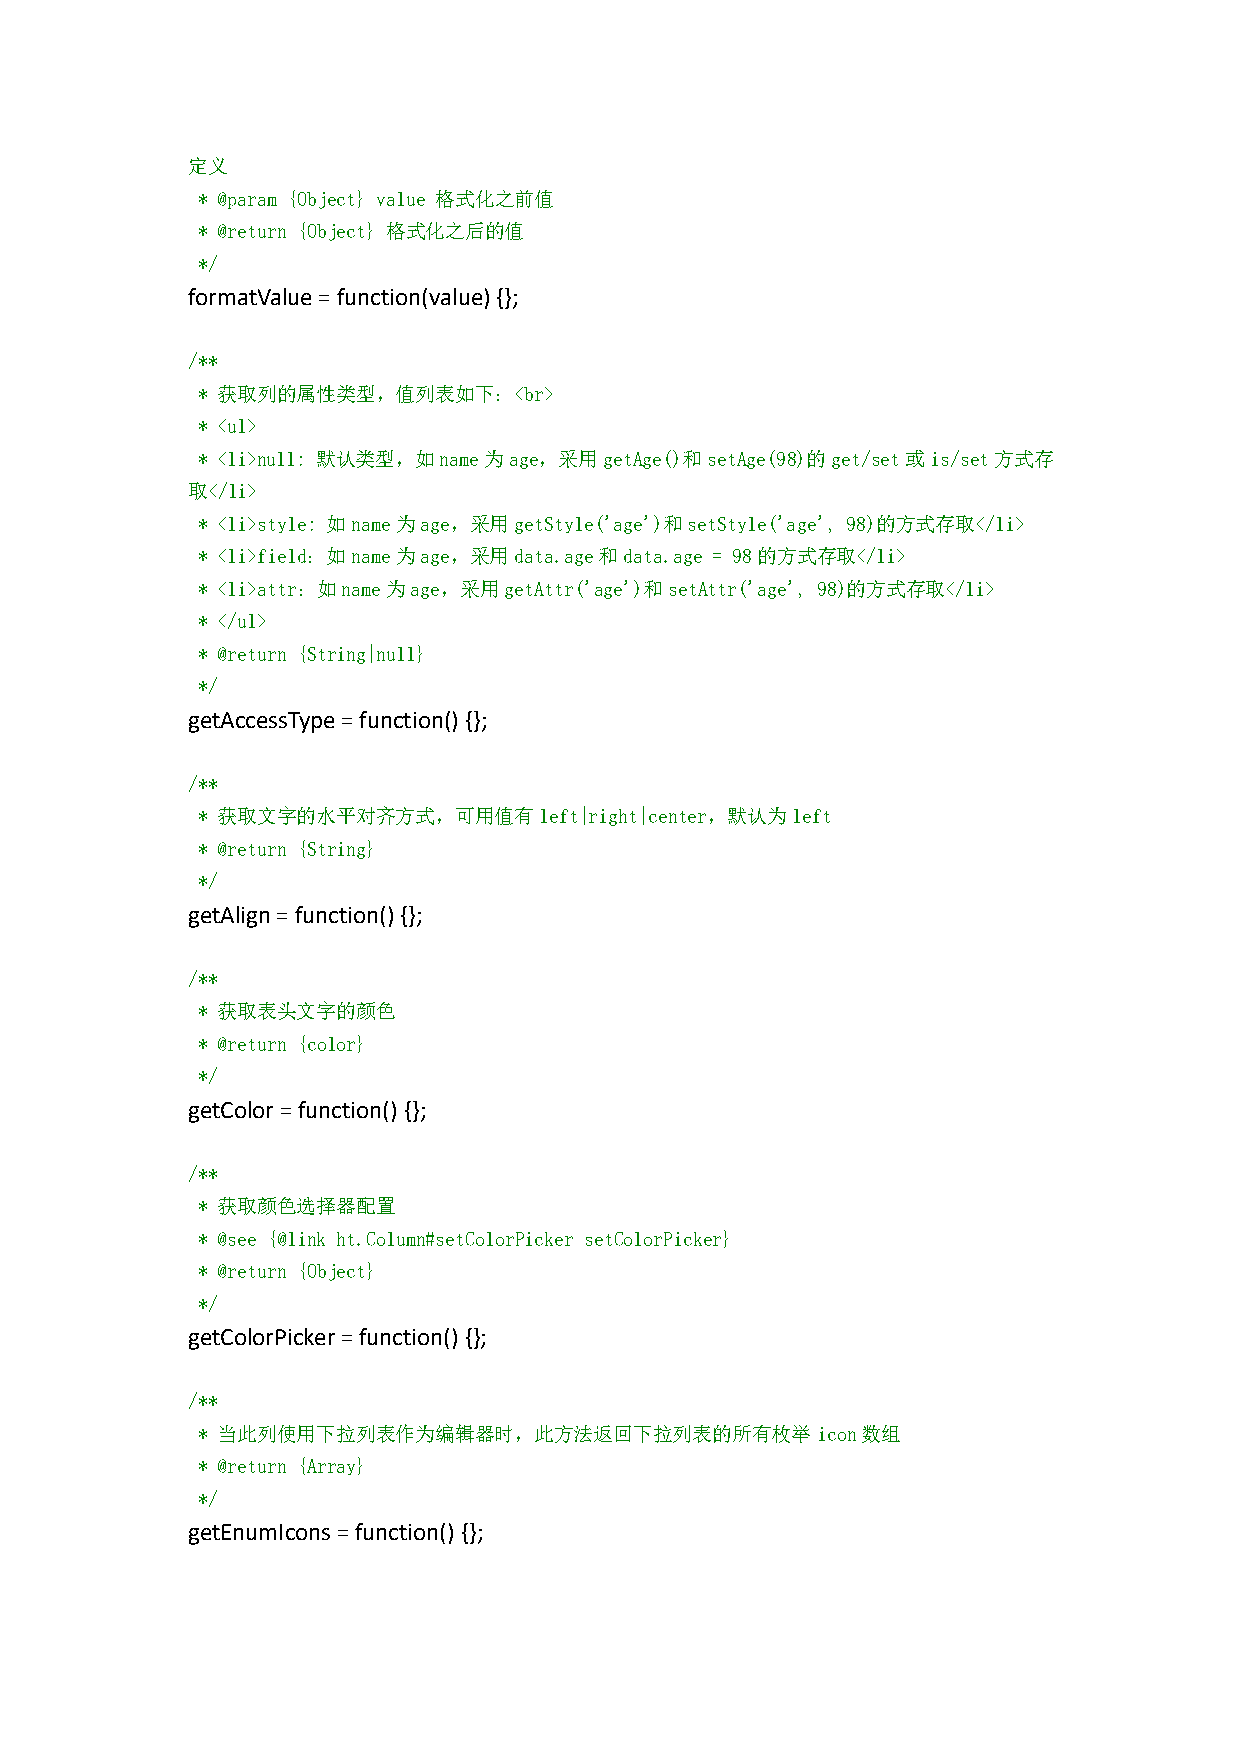
定义
 * @param {Object} value 格式化之前值
 * @return {Object} 格式化之后的值
 */
 formatValue=function(value){};
 /**
 * 获取列的属性类型，值列表如下：<br>
 * <ul>
 * <li>null: 默认类型，如name为age，采用getAge()和setAge(98)的get/set或is/set方式存
 取</li>
 * <li>style: 如name为age，采用getStyle('age')和setStyle('age', 98)的方式存取</li>
 * <li>field：如name为age，采用data.age和data.age = 98的方式存取</li>
 * <li>attr：如name为age，采用getAttr('age')和setAttr('age', 98)的方式存取</li>
 * </ul>
 * @return {String|null}
 */
 getAccessType=function(){};
 /**
 * 获取文字的水平对齐方式，可用值有left|right|center，默认为left
 * @return {String}
 */
 getAlign=function(){};
 /**
 * 获取表头文字的颜色
 * @return {color}
 */
 getColor=function() {};
 /**
 * 获取颜色选择器配置
 * @see {@link ht.Column#setColorPicker setColorPicker}
 * @return {Object}
 */
 getColorPicker=function() {};
 /**
 * 当此列使用下拉列表作为编辑器时，此方法返回下拉列表的所有枚举icon数组
 * @return {Array}
 */
 getEnumIcons=function() {};